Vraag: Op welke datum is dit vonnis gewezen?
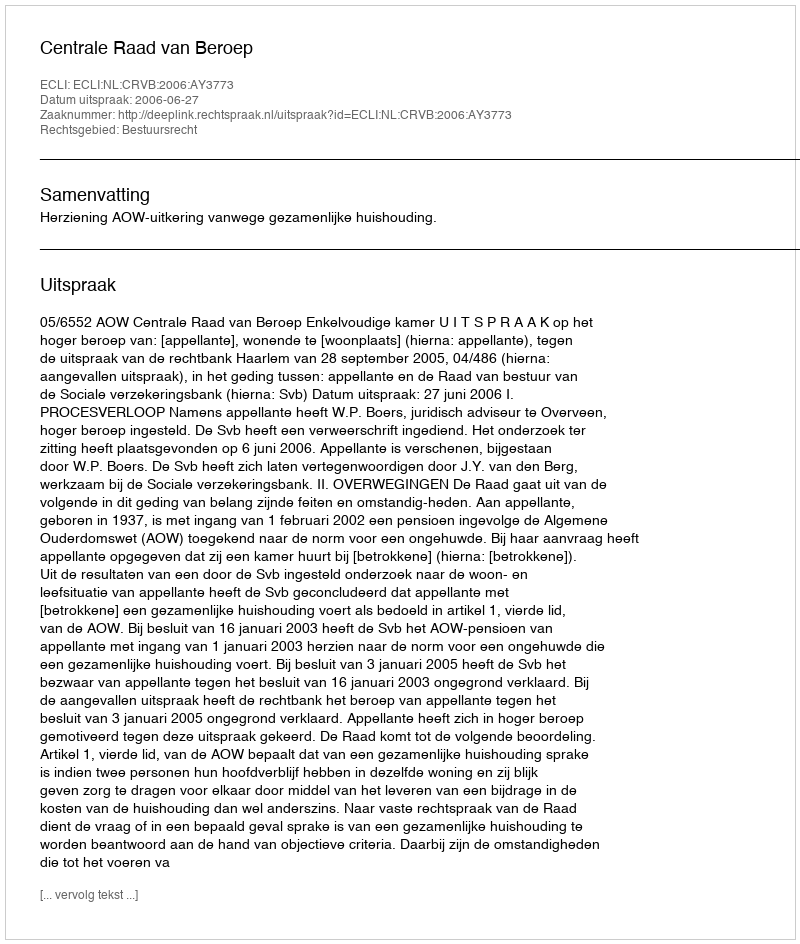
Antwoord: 2006-06-27